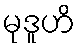
မုဒူဟိ